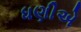
ધણીએ